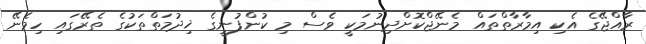
ރާއްޖޭގެ އެކި އިމާރާތްތައް މެނޭޖްކޮށްދިނުމަކީ ވެސް މި ކުންފުނީގެ ޚިދުމަތްތަކުގެ ތެރޭގައި ހިމެނޭ